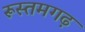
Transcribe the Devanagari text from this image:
रूस्तमगढ़